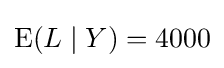
\operatorname {E} (L\mid Y)=4000